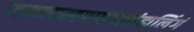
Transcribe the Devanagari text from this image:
समन्यस्तपादंपरब्रंह्मलिंगं